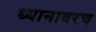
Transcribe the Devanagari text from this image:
ध्यानावरच